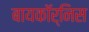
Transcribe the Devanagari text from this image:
बायकॉर्निस